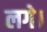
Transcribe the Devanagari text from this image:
लगे।